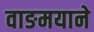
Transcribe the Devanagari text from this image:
वाङमयाने